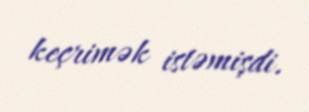
keçrimək istəmişdi.